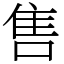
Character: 售